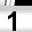
Digit: 1